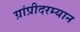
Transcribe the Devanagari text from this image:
ग्रांप्रीदरम्यान